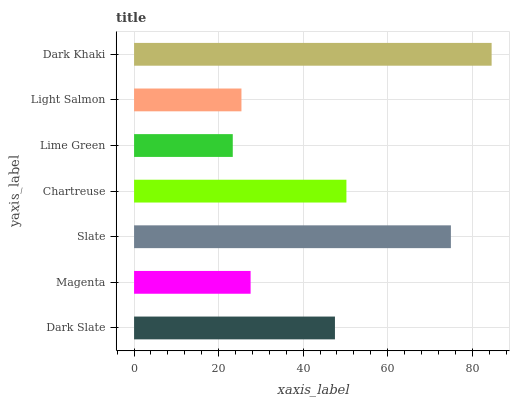
| yaxis_label | bars |
 | --- | --- |
 | Dark Slate | 47.5 |
 | Magenta | 27.6 |
 | Slate | 75 |
 | Chartreuse | 50.2 |
 | Lime Green | 23.3 |
 | Light Salmon | 25.4 |
 | Dark Khaki | 84.6 |